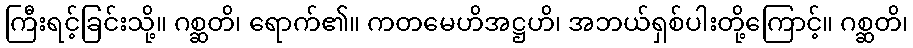
ကြီးရင့်ခြင်းသို့။ ဂစ္ဆတိ၊ ရောက်၏။ ကတမေဟိအဋ္ဌဟိ၊ အဘယ်ရှစ်ပါးတို့ကြောင့်။ ဂစ္ဆတိ၊